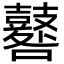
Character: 鼛